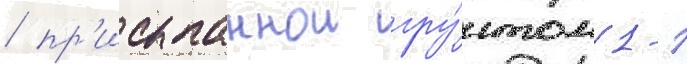
/ пр'исыпаннои гру́нтом 1-1